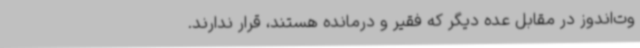
وت‌اندوز در مقابل عده دیگر که فقیر و درمانده هستند، قرار ندارند.